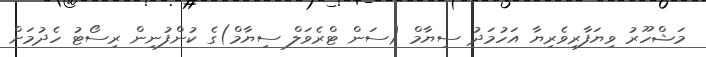
މަޝްހޫރު ވިޔަފާރިވެރިޔާ އަހުމަދު ސިޔާމް (ސަން ޓްރެވަލް ސިޔާމް)ގެ ކުންފުނިން ރިސޯޓު ހެދުމަށް